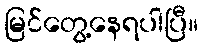
မြင်တွေ့နေရပါပြီ။